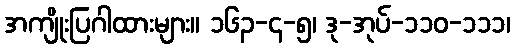
အကျိုးပြဂါထားများ။ ၁၆၃-၄-၅၊ ဒု-အုပ်-၁၁၀-၁၁၁၊